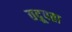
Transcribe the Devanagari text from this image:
तद्रूपता